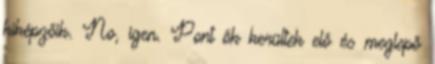
kiképzőik. No, igen. Pont ők kerültek elő és meglepő